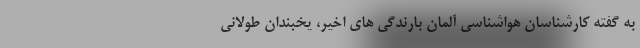
به گفته کارشناسان هواشناسی آلمان بارندگی های اخیر، یخبندان طولانی